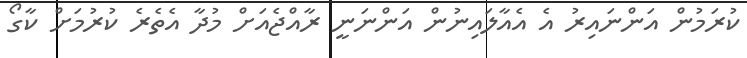
ކުރަމުން އަންނައިރު އެ އެއާލައިނުން އަންނަނީ ރާއްޖެއަށް މުދާ އެތެރެ ކުރުމަށް ކާގޯ